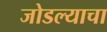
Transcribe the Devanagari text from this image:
जोडल्याचा